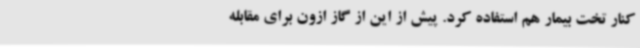
کنار تخت بیمار هم استفاده کرد. پیش از این از گاز ازون برای مقابله